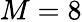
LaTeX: M=8